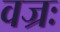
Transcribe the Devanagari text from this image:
वज्रः